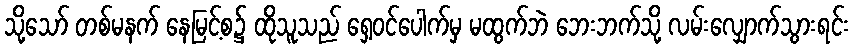
သို့သော် တစ်မနက် နေမြင့်စ၌ ထိုသူသည် ရှေ့ဝင်ပေါက်မှ မထွက်ဘဲ ဘေးဘက်သို့ လမ်းလျှောက်သွားရင်း